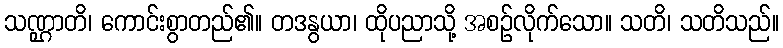
သဏ္ဌာတိ၊ ကောင်းစွာတည်၏။ တဒနွယာ၊ ထိုပညာသို့ အစဉ်လိုက်သော။ သတိ၊ သတိသည်။